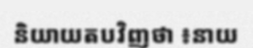
និយាយតបវិញថា ៖នាយ